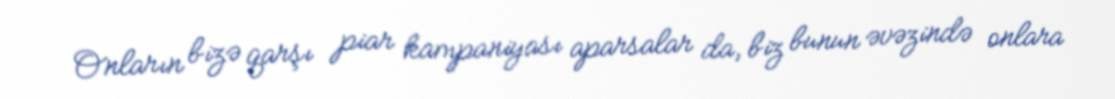
Onların bizə qarşı piar kampaniyası aparsalar da, biz bunun əvəzində onlara